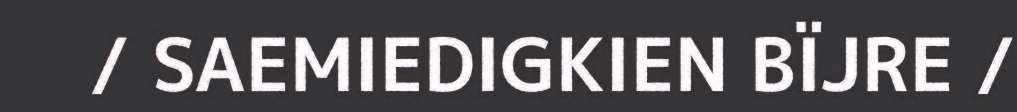
/ SAEMIEDIGKIEN BÏJRE /